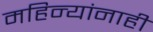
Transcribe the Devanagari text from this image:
महिन्यांनाही